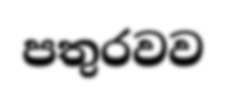
පතුරවව